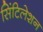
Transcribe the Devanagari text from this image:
सिंटिलेशन